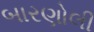
બારણોલી